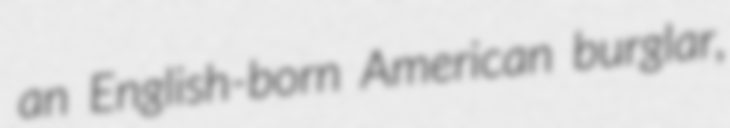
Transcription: an English-born American burglar,